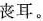
丧耳。